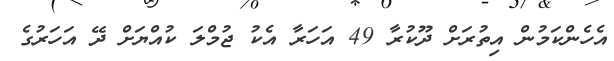
އެހެންކަމުން އިތުރަށް ދޫކުރާ 49 އަހަރާ އެކު ޖުމްލަ ކުއްޔަށް ދޭ އަހަރުގެ